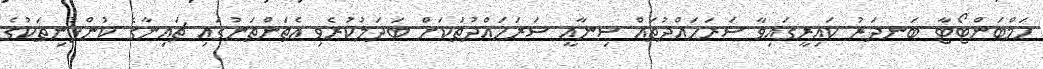
ހަމްބަންޓޯޓާ ބަނދަރު ކައިރީގައިވާ ސަރަހައްދުތައް ސިނާއީ ސަރަހައްދުތަކަށް ބަދަލުކުރެވި އެތަންތަނުގައި ޗައިނާގެ ކުންފުނިތަކުގެ